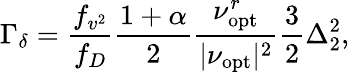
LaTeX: \Gamma_{\delta}=\frac{f_{v^{2}}}{f_{D}}\frac{1+\alpha}{2}\frac{\nu_{\mathrm{opt}}^{r}}{|\nu_{\mathrm{opt}}|^{2}}\frac{3}{2}\Delta_{2}^{2},